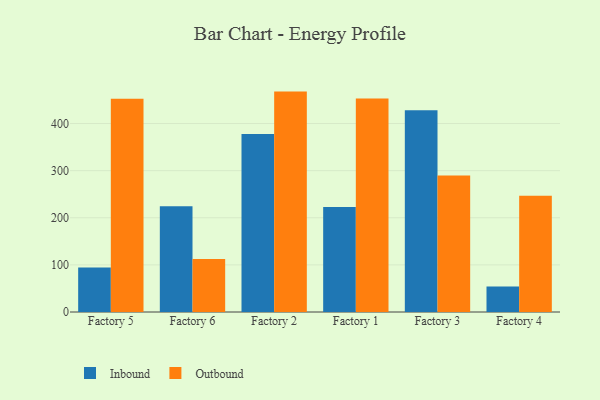
{"axis": {"x": "Factory", "y": "Backlog"}, "legend": ["Inbound", "Outbound"], "data": [{"x": "Factory 5", "y": 94.4, "type": "Inbound"}, {"x": "Factory 5", "y": 452.7, "type": "Outbound"}, {"x": "Factory 6", "y": 224.2, "type": "Inbound"}, {"x": "Factory 6", "y": 112.7, "type": "Outbound"}, {"x": "Factory 2", "y": 377.9, "type": "Inbound"}, {"x": "Factory 2", "y": 467.8, "type": "Outbound"}, {"x": "Factory 1", "y": 223.1, "type": "Inbound"}, {"x": "Factory 1", "y": 453.4, "type": "Outbound"}, {"x": "Factory 3", "y": 428.4, "type": "Inbound"}, {"x": "Factory 3", "y": 289.6, "type": "Outbound"}, {"x": "Factory 4", "y": 54.3, "type": "Inbound"}, {"x": "Factory 4", "y": 246.9, "type": "Outbound"}]}